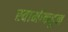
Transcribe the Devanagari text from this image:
स्वामीकडून